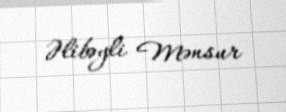
Əlibəyli Mənsur